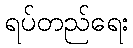
ရပ်တည်ရေး